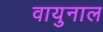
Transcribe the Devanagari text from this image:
वायुनाल